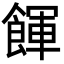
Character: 餫